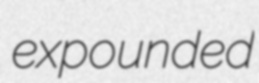
expounded